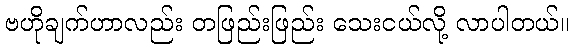
ဗဟိုချက်ဟာလည်း တဖြည်းဖြည်း သေးငယ်လို့ လာပါတယ်။